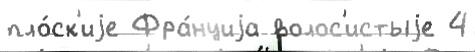
пло́ск'иjе Фра́нциjа волос'истыjе 4